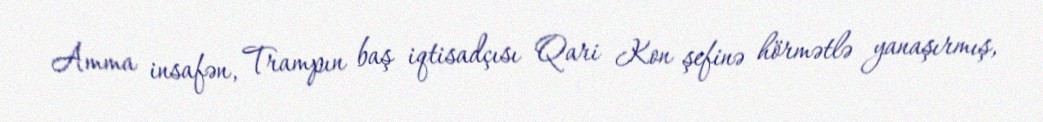
Amma insafən, Trampın baş iqtisadçısı Qari Kon şefinə hörmətlə yanaşırmış,